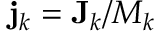
{ \bf j } _ { k } = { \bf J } _ { k } / M _ { k }